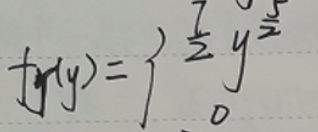
\[
f(y)=\begin{cases}
\frac{7}{2}y^{\frac{5}{2}}\\
0
\end{cases}
\]